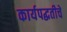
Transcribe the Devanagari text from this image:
कार्यपद्धतीचे